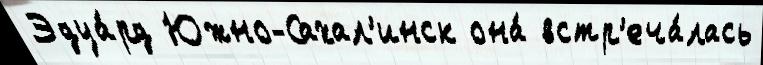
Эдуа́рд Южно-Сахал'инск она́ встр'еча́лась